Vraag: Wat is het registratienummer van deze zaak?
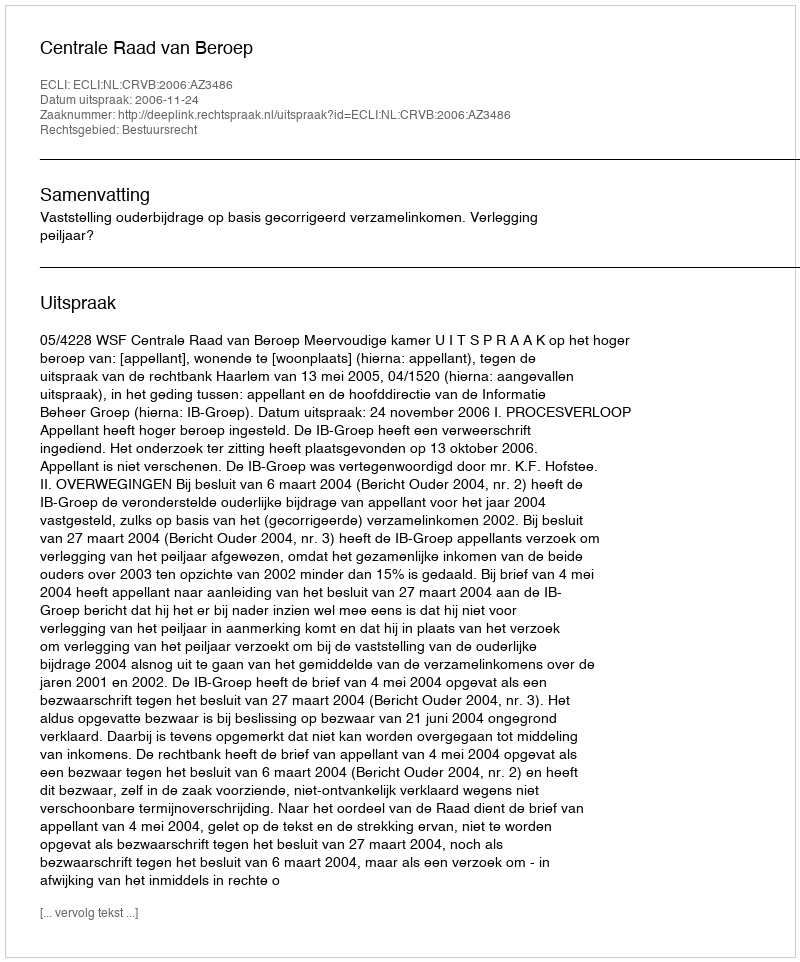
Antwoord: http://deeplink.rechtspraak.nl/uitspraak?id=ECLI:NL:CRVB:2006:AZ3486